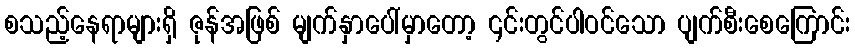
စသည့်နေရာများရှိ ဇုန်အဖြစ် မျက်နှာပေါ်မှာတော့ ၎င်းတွင်ပါဝင်သော ပျက်စီးစေကြောင်း